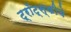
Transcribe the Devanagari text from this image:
ट्रॉट्स्कीचे